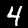
Label: 4